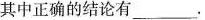
其中正确的结论有_-.